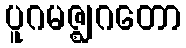
ပူဂမဇ္ဈဂတော